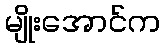
မျိုးအောင်က